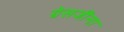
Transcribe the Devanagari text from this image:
ग्रेसजींना